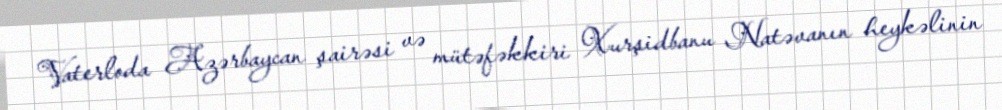
Vaterloda Azərbaycan şairəsi və mütəfəkkiri Xurşidbanu Natəvanın heykəlinin